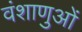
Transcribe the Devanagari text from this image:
वंशाणुओं